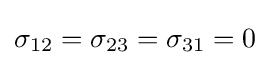
\sigma _{12}=\sigma _{23}=\sigma _{31}=0